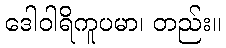
ဒေါဝါရိကူပမာ၊ တည်း။